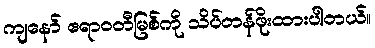
ကျနော် ဧရာဝတီမြစ်ကို သိပ်တန်ဖိုးထားပါတယ်။